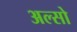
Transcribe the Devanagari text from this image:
अल्सो